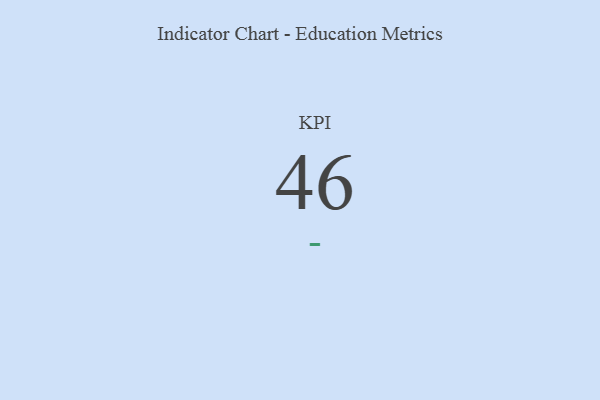
{"axis": {"x": "KPI", "y": "Value"}, "legend": [""], "data": [{"x": "KPI", "y": 46, "type": ""}]}